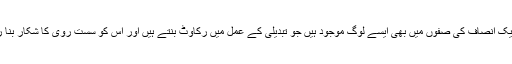
خود تحریک انصاف کی صفوں میں بھی ایسے لوگ موجود ہیں جو تبدیلی کے عمل میں رکاوٹ بنتے ہیں اور اس کو سست روی کا شکار بنا رہے ہیں۔